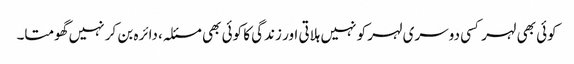
کوئی بھی لہر کسی دوسری لہر کو نہیں ہلاتی اور زندگی کا کوئی بھی مسئلہ، دائرہ بن کر نہیں گھومتا۔